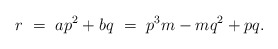
\begin{align*}r \ =\ ap^2 + bq \ =\ p^3m- mq^2 + pq.\end{align*}